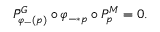
\bar { P } _ { \varphi _ { - } ( p ) } ^ { G } \circ \varphi _ { - * p } \circ P _ { p } ^ { M } = 0 .